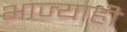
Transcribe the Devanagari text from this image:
भाज्याही